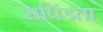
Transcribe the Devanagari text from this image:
सपिंडता